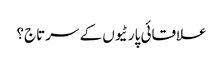
علاقائی پارٹیوں کے سرتاج؟